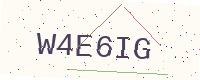
Text: W4E6IG